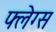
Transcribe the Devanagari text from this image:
फ्लेग्स